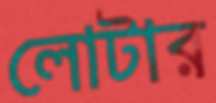
লোটার